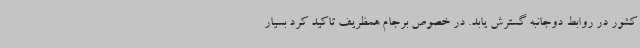
کشور در روابط دوجانبه گسترش یابد. در خصوص برجام همظریف تاکید کرد بسیار